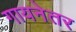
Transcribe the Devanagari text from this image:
गायनेतर